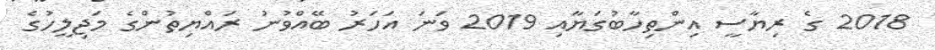
2018 ގެ ރިޔާސީ އިންތިހާބުގަޔާއި 2019 ވަނަ އަހަރު ބޭއްވުނު ރައްޔިތުންގެ މަޖިލީހުގެ